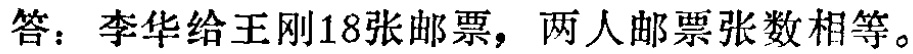
答：李华给王刚18张邮票，两人邮票张数相等。